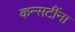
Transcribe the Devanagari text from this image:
कन्सर्टीना